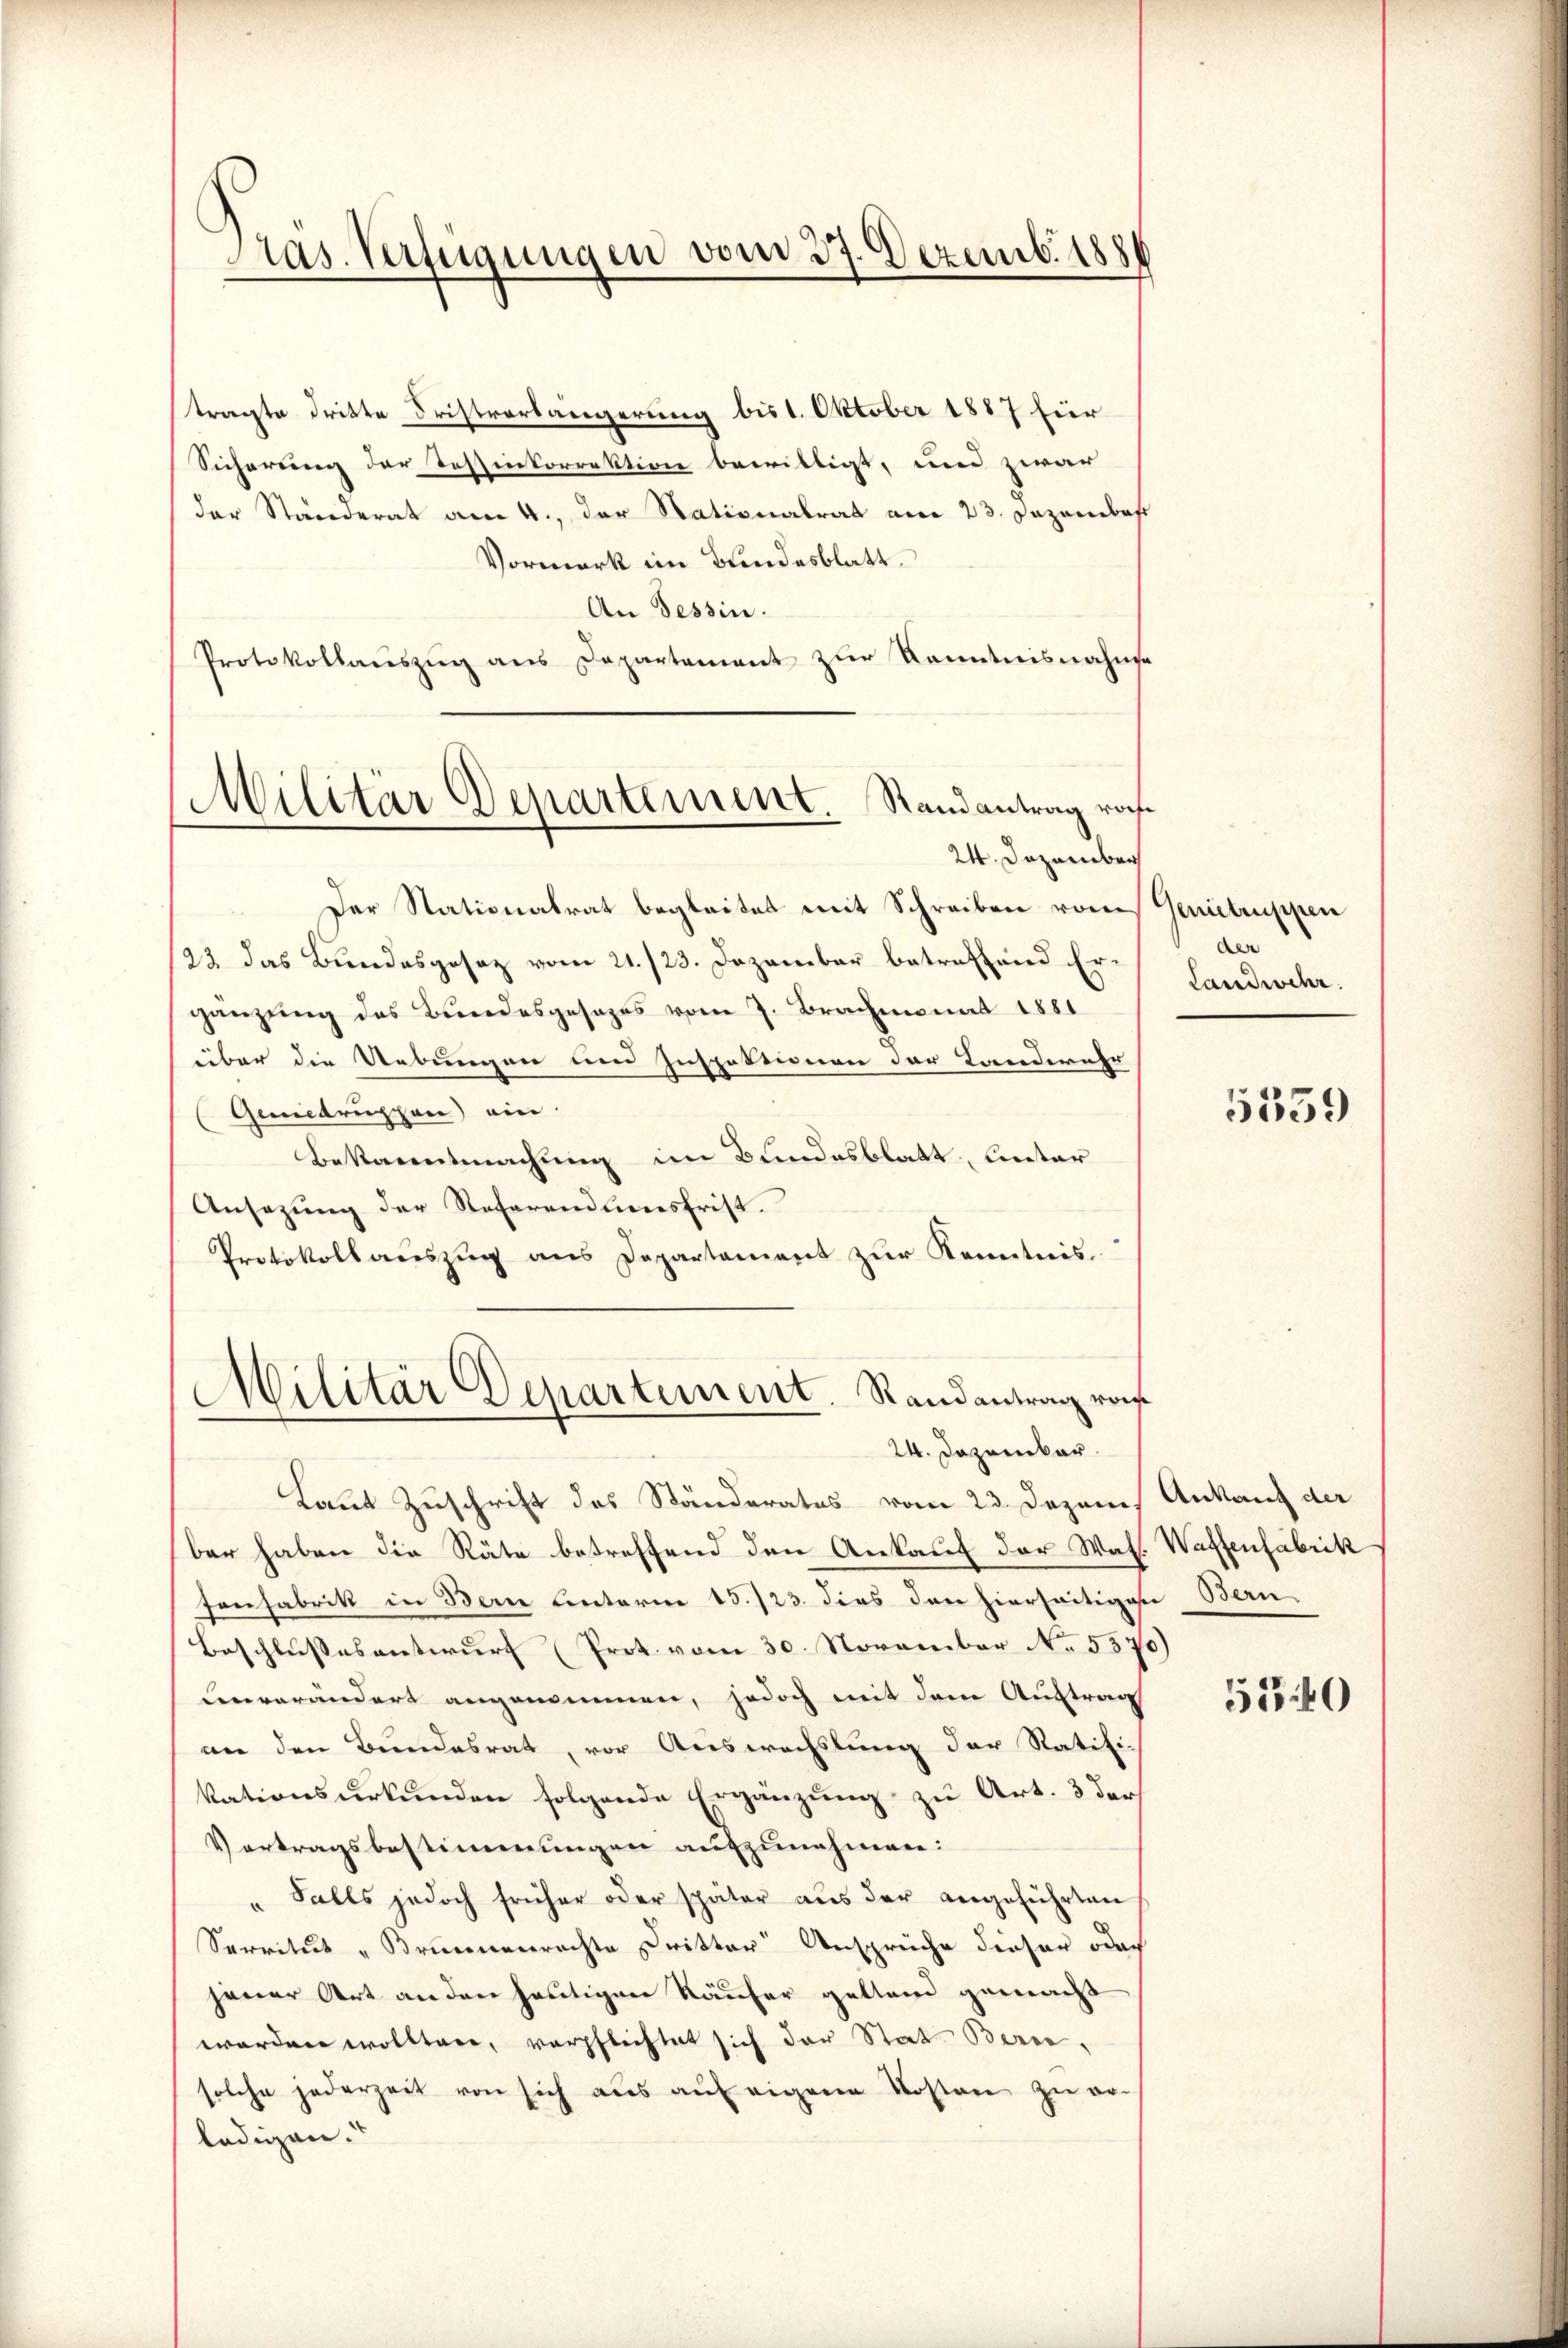
Pras. Verfügungen vom 27. Dezemb. 1880

tragte dritte Fristvorlängerung bis 1. Oktober 1887 für
Sicherung der Tessinkorrektion bewilligt, und zwar
der Ständerat am 4., der Stationalrat am 23. Dezembe
Vormerk im Bundesblatt.
An Tessin.
Protokollauszug aus Departament zur Kenntnisnahme
Der Stationalrat begleitet mit Schreiben vom Genictruppen
/23. das Bundesgesez vom 21./23. Dezember betreffend Ergänzung des Bundesgesezes vom 7. Brachmonat 1881
über die Uebungen und Inspektionen der Landwehr
Gemdruchen) ein
Bekanntmachung im Bundesblatt, Unter
Ansazung der Referendiensfrist.
Protokollauszug aus Departement zur Kenntnis.
Militär Departement. Randantrag von

Militär Departement. Randantrag ros¬
24. Dezember

24. Japaniker.
Laut Zuschrift des Ständerates vom 23. Dezem Ankauf der
ber haben die Räte betreffend den Ankauf der Was
Fonfabrik in Bern Unterm 15./23. dies den hierseitigene Bern
Beschlussesentwurf (Prot vom 30. November No. 5370)
Lenverändert angenommen, jedoch mit dem Auftrag
an den Bundesrat, vor Auswechslung der Ratifi-
kationsurkunden folgende Ergänzung zu Art. 3 der
Vertragsbestimmungen aufzunehmen:
" Falls jedoch früher oder später aus der angeführten
Servitut "Brunnenrechte Dritter Ansprüche dieser oder
jener Art anden heutigen Käufer geltend gemacht
worden wollten, verpflichtet sich der Stat- Bern,
solche jederzeit von sich aus auf eigene Kosten zu er-
ledigen.

de
Landwehr.

5559

Waffenfabrik

5540